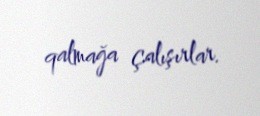
qalmağa çalışırlar.